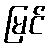
မြင်